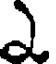
ఎ